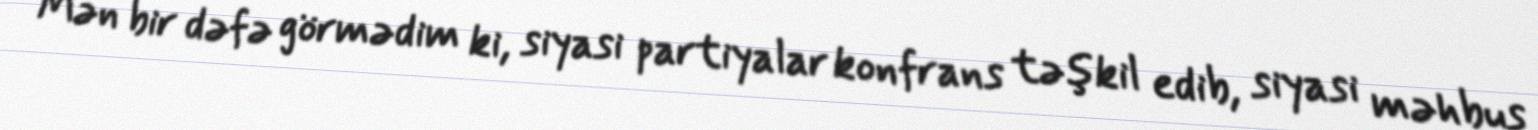
Mən bir dəfə görmədim ki, siyasi partiyalar konfrans təşkil edib, siyasi məhbus